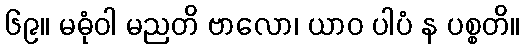
၆၉။ မဓုံဝါ မညတိ ဗာလော၊ ယာဝ ပါပံ န ပစ္စတိ။